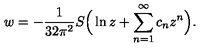
w = - \frac { 1 } { 3 2 \pi ^ { 2 } } S \Big ( \ln z + \sum _ { n = 1 } ^ { \infty } c _ { n } z ^ { n } \Big ) .